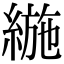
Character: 𦂛